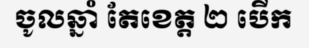
ចូលឆ្នាំ តែខេត្ត ២ បើក